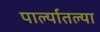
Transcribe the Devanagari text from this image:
पार्ल्यातल्या